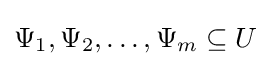
\Psi _{1},\Psi _{2},\dots ,\Psi _{m}\subseteq U